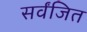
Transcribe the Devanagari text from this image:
सर्वंजित